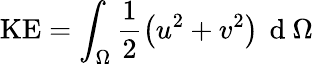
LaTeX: \mathrm{KE}=\int_{\Omega}\frac{1}{2}\left(u^{2}+v^{2}\right)\, \mathrm{~d~}\Omega